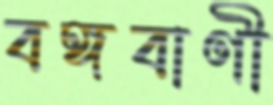
বঙ্গবাণী